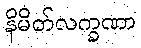
နိမိတ်လက္ခဏာ